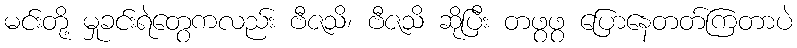
မင်းတို့ မှုခင်းရဲတွေကလည်း ဗီဇသိ၊ ဗီဇသိ ဆိုပြီး တဖွဖွ ပြောနေတတ်ကြတာပဲ